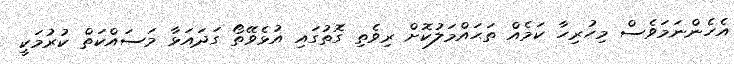
އެހެންނަމަވެސް މިހުރިހާ ކަމެއް ތަޙައްމަލުކޮށް ރިވެތި ގޮތުގައި އުޅެވޭތޯ ގަދަައަޅާ މަސައްކަތް ކުރުމަކީ